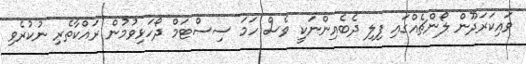
ވައިކަރަދޫން ލޯންޗެއްގައި ފިލި ދެބެއިންނަކީ ވެސް ހަމަ ސިސްޓަމް ދޯހަޅިވުމުން ރައްކާތެރި ނުކުރެވި